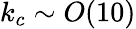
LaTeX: k_{c}\sim O(10)